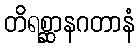
တိရစ္ဆာနဂတာနံ